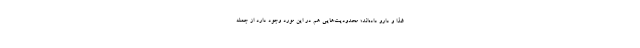
غذا و دارو داده‌اند؛ محدودیت‌هایی هم در این مورد وجود دارد از جمله